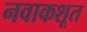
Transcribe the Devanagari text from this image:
नवाकशूत